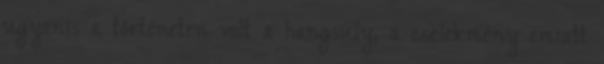
ugyanis a történeten volt a hangsúly, a cselekmény emiatt